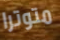
متوترا